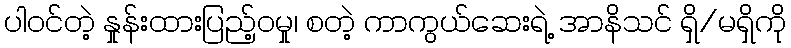
ပါဝင်တဲ့ နှုန်းထားပြည့်ဝမှု၊ စတဲ့ ကာကွယ်ဆေးရဲ့ အာနိသင် ရှိ/မရှိကို